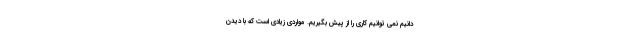
دانیم نمی توانیم کاری را از پیش بگیریم. مواردی زیادی است که با دیدن